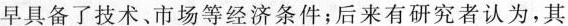
早具备了技术、市场等经济条件；后来有研究者认为，其